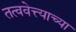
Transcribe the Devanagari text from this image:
तत्ववेत्त्याच्या